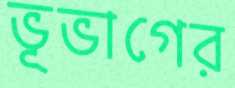
ভূভাগের